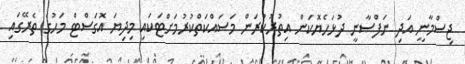
ޖިސްމާނީ އަދި ނަފްސާނީ ދުޅަހެޔޮކަން އިތުރުކުރަން މަސައްކަތްކުރުމަށްޓަކައި މިދިޔަ އޮގަސްޓް މަހުގެ ތެރޭގައި